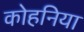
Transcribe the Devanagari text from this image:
कोहनिया